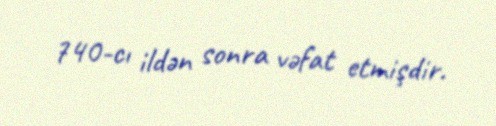
740-cı ildən sonra vəfat etmişdir.